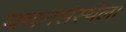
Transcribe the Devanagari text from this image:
पचनसंस्थेला